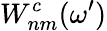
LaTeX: W_{nm}^{c}(\omega^{\prime})